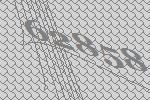
62858